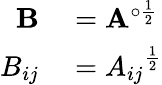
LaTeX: \begin{array}{rl}{\mathbf{B}}&{{}=\mathbf{A}^{\circ{\frac{1}{2}}}}\\ {B_{ij}}&{{}={A_{ij}}^{\frac{1}{2}}}\end{array}